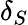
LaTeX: \delta_{S}